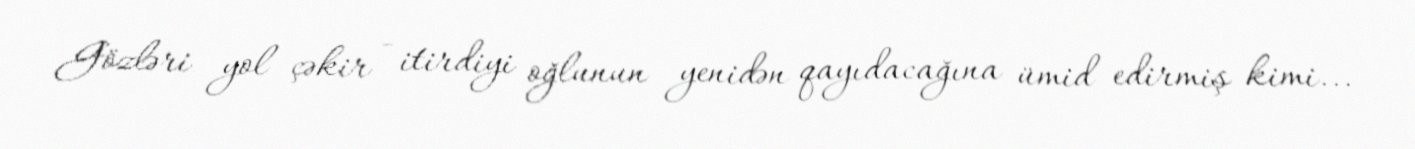
Gözləri yol çəkir - itirdiyi oğlunun yenidən qayıdacağına ümid edirmiş kimi...